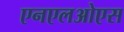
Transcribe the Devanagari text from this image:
एनएलओएस